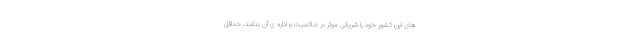
های این کشور خود را شریکی موثر در حاکمیت و اداره ی آن بدانند، حداقل